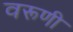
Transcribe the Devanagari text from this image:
वरूणी